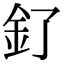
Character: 釕